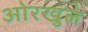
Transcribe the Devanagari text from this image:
ओरखुले